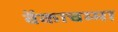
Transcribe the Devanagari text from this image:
वेंकाचम्मा